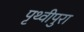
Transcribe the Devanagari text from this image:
पृथ्वीपुरा